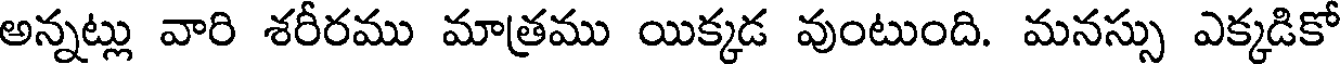
అన్నట్లు వారి శరీరము మాత్రము యిక్కడ వుంటుంది. మనస్సు ఎక్కడికో